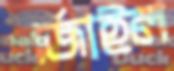
গর্জাইল